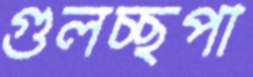
গুলচ্ছপা